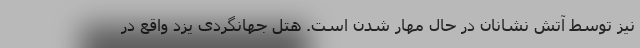
نیز توسط آتش نشانان در حال مهار شدن است. هتل جهانگردی یزد واقع در